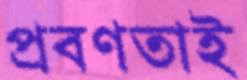
প্রবণতাই